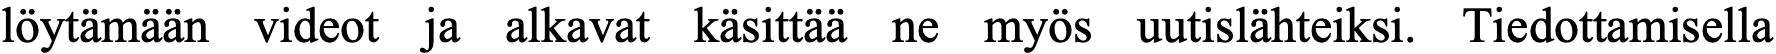
löytämään videot ja alkavat käsittää ne myös uutislähteiksi. Tiedottamisella